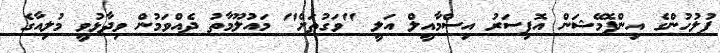
ފުލުހުންގެ އިންފޮމޭޝަން އޮފިސަރު އިސްމާއީލް އަލީ "ވަގުތަށް" މައުލޫމާތު ދެއްވަމުން ވިދާޅުވީ މުލިއާގެ